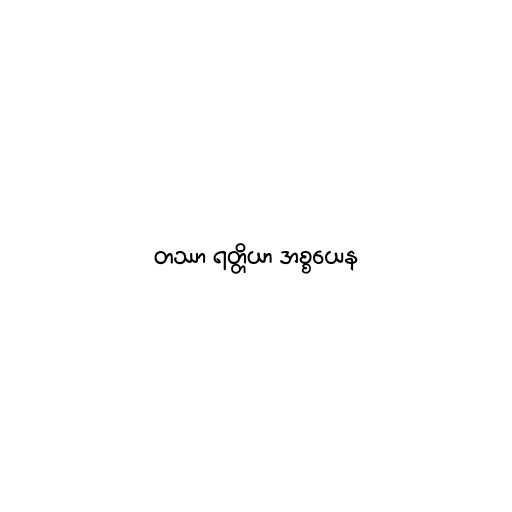
တဿာ ရတ္တိယာ အစ္စယေန